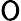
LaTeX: \mathsf{O}